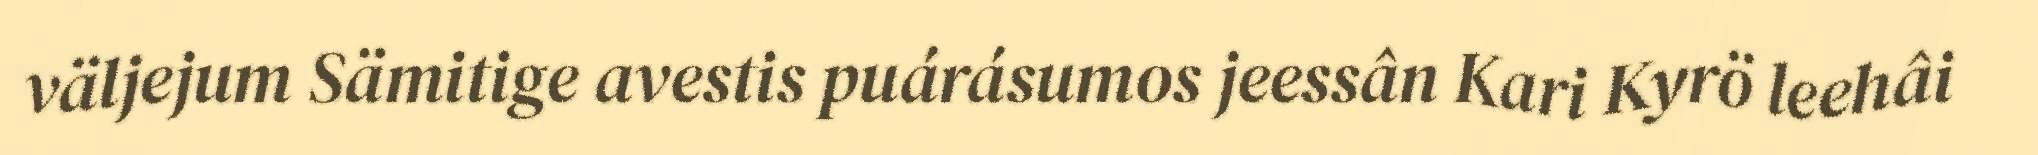
väljejum Sämitige avestis puárásumos jeessân Kari Kyrö leehâi